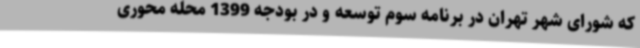
که شورای شهر تهران در برنامه سوم توسعه و در بودجه 1399 محله محوری